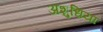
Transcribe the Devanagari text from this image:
अशुधियां